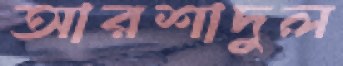
আরশাদুল